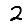
Digit: 2